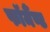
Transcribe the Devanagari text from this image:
फॉर्मैण्ट